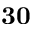
\mathbf { 3 0 }